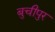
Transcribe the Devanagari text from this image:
बुचीपुर